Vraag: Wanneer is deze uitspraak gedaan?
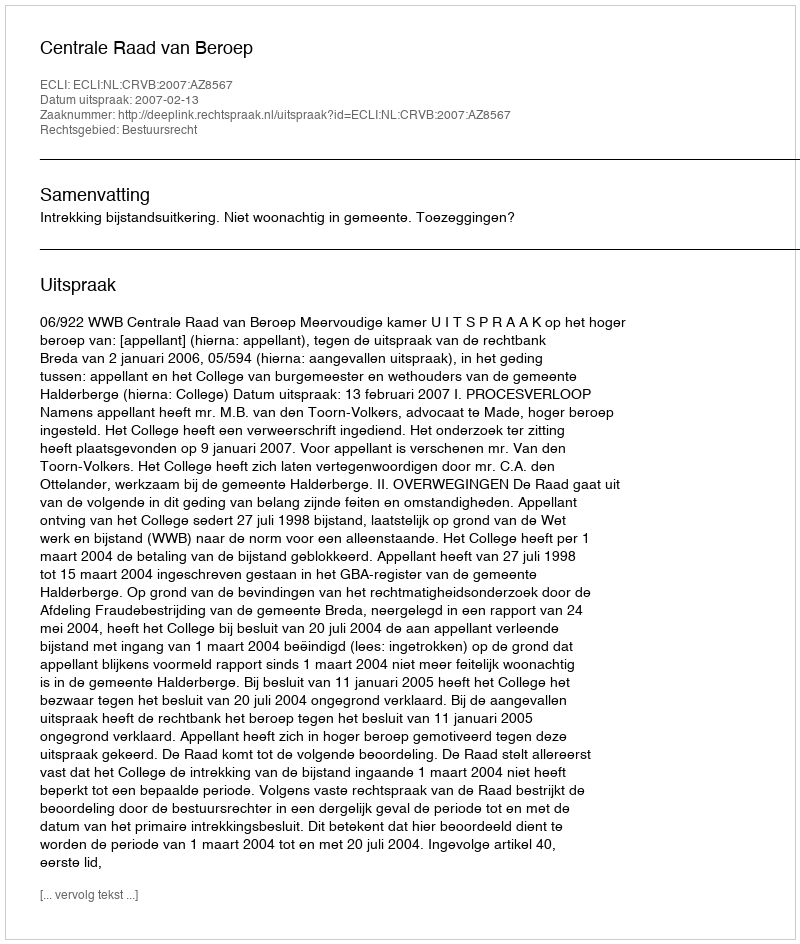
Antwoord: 2007-02-13